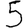
Digit: 5